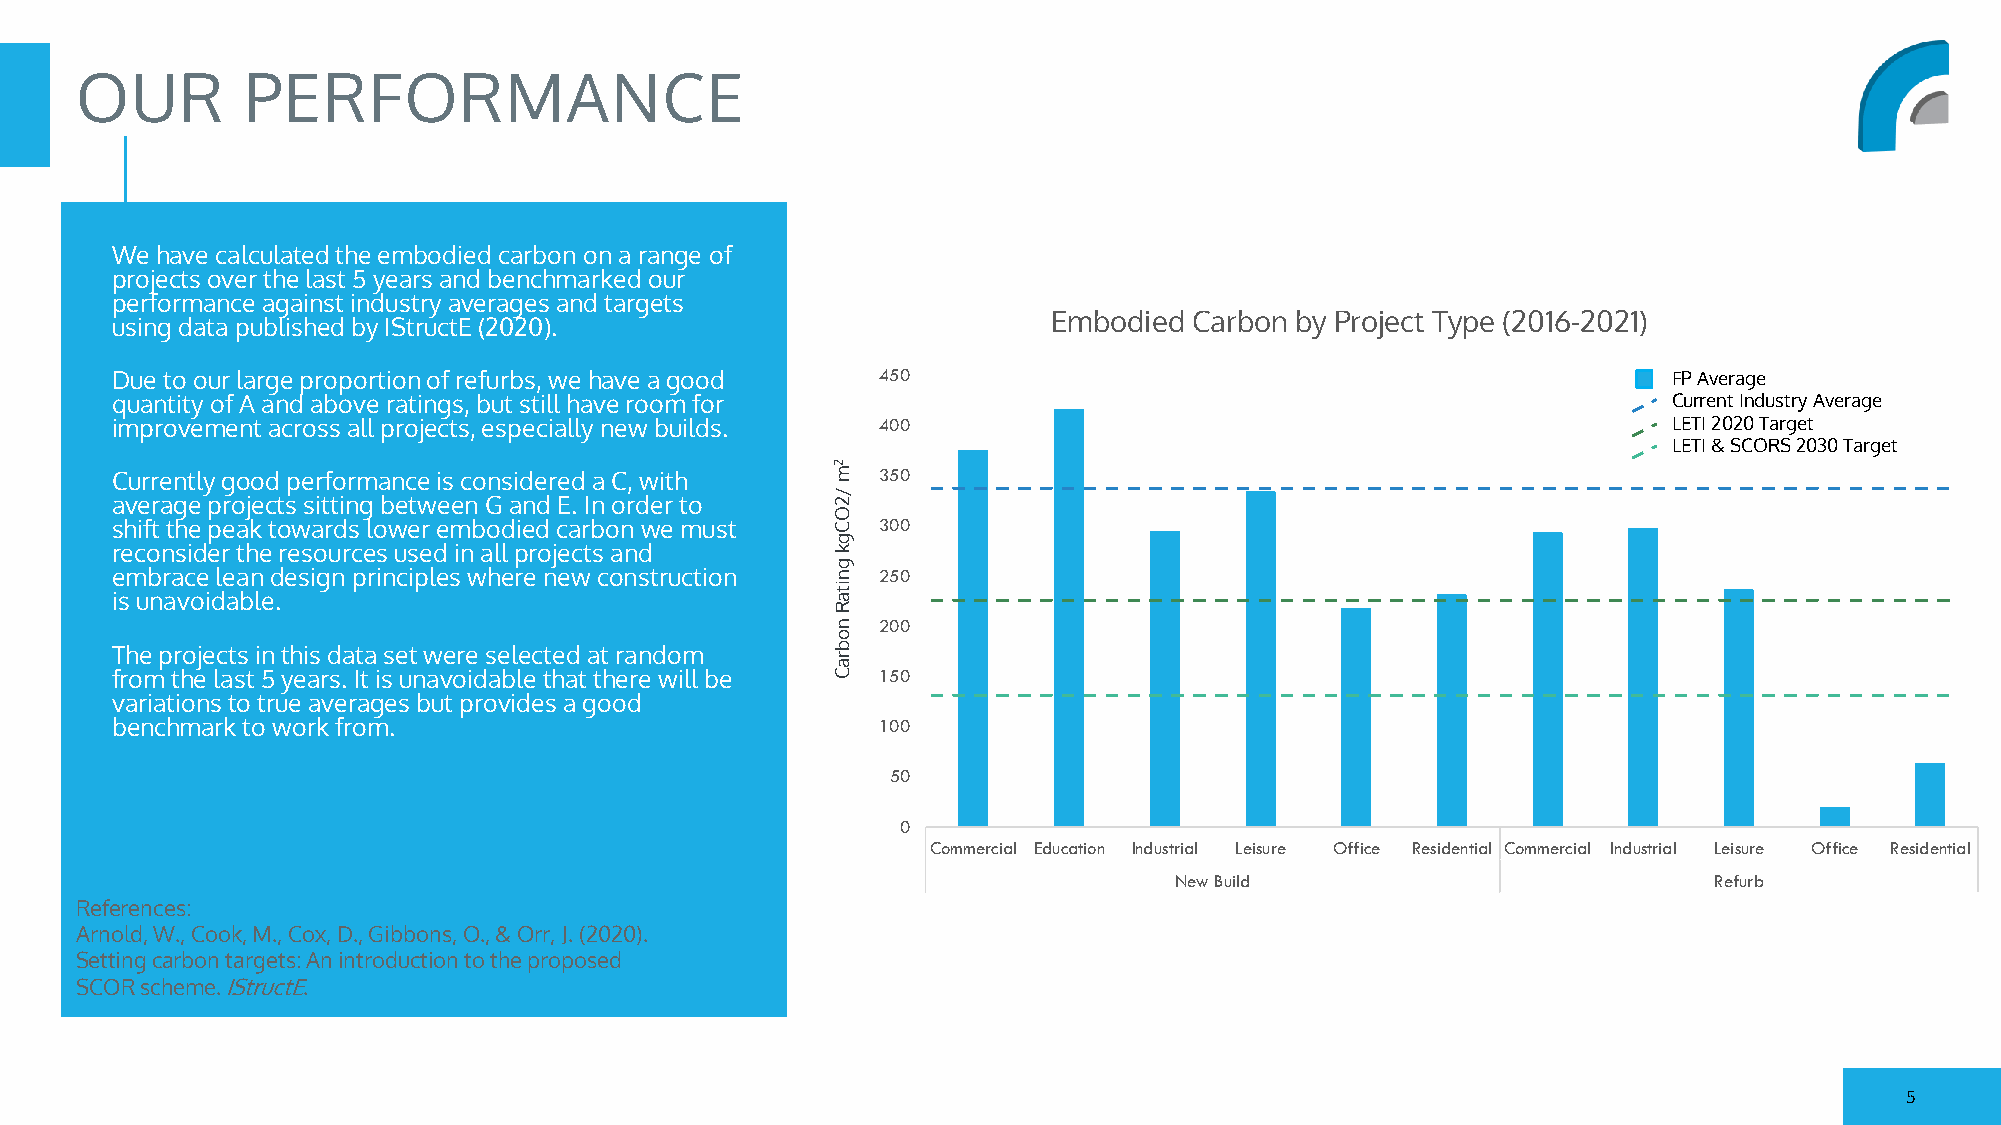
OUR        PERFORMANCE
 We have calculated the embodied carbon on a range of
 projects over the last 5 years and benchmarked our
 performance against industry averages and targets
 Embodied Carbon by Project Type (2016-2021)
 using data published by IStructE (2020).
 Due to our large proportion of refurbs, we have a good 450                                              FP Average
 quantity of A and above ratings, but still have room for                                                Current Industry Average
 improvement across all projects, especially new builds. 400                                             LETI 2020 Target
 LETI & SCORS 2030 Target
 2
 Currently good performance is considered a C, with m 350
 /
 average projects sitting between G and E. In order to 2
 O
 shift the peak towards lower embodied carbon we must C 300
 g
 reconsider the resources used in all projects and k
 g
 embrace lean design principles where new construction n 250
 it
 is unavoidable.                                 a
 R
 n  200
 o
 The projects in this data set were selected at random b r
 a
 from the last 5 years. It is unavoidable that there will be C 150
 variations to true averages but provides a good
 benchmark to work from.                            100
 50
 0
 Commercial Education Industrial Leisure Office Residential Commercial Industrial Leisure Office Residential
 New Build                          Refurb
 References:
 Arnold, W., Cook, M., Cox, D., Gibbons, O., & Orr, J. (2020).
 Setting carbon targets: An introduction to the proposed
 SCOR scheme.IStructE.
 5